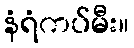
နံရံကပ်မီး။